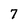
Character: 7